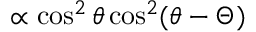
\propto \cos ^ { 2 } \theta \cos ^ { 2 } ( \theta - \Theta )